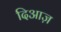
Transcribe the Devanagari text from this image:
दिआज़